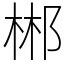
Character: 郴